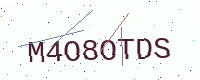
Text: M4O8OTDS